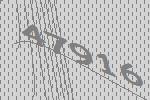
47916